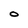
Character: O